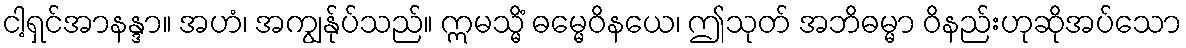
ငါ့ရှင်အာနန္ဒာ။ အဟံ၊ အကျွန်ုပ်သည်။ ဣမသ္မိံ ဓမ္မေဝိနယေ၊ ဤသုတ် အဘိဓမ္မာ ဝိနည်းဟုဆိုအပ်သော